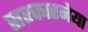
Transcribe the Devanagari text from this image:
सरकारनेया